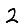
Digit: 2